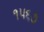
૧૫૬૭